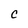
Character: c